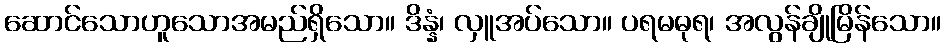
ဆောင်သောဟူသောအမည်ရှိသော။ ဒိန္နံ၊ လှူအပ်သော။ ပရမဓုရ၊ အလွန်ချိုမြိန်သော။